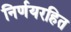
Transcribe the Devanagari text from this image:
निर्णयरहित